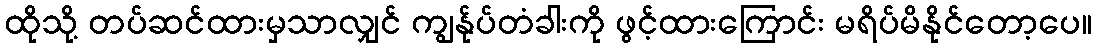
ထိုသို့ တပ်ဆင်ထားမှသာလျှင် ကျွန်ုပ်တံခါးကို ဖွင့်ထားကြောင်း မရိပ်မိနိုင်တော့ပေ။